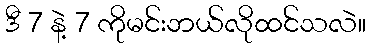
ဒီ 7 နဲ့ 7 ကိုမင်းဘယ်လိုထင်သလဲ။